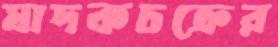
মাদকচক্রের